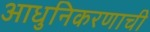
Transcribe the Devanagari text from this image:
आधुनिकरणाची